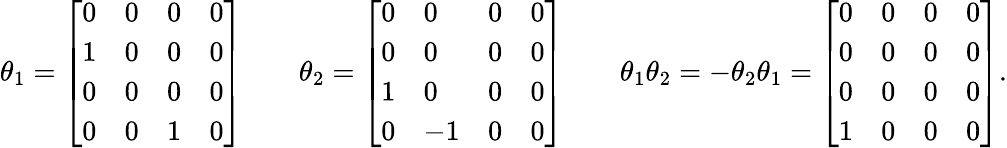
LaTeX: \theta_{1}={\left[\begin{array}{llll}{0}&{0}&{0}&{0}\\ {1}&{0}&{0}&{0}\\ {0}&{0}&{0}&{0}\\ {0}&{0}&{1}&{0}\end{array}\right]}\qquad\theta_{2}={\left[\begin{array}{llll}{0}&{0}&{0}&{0}\\ {0}&{0}&{0}&{0}\\ {1}&{0}&{0}&{0}\\ {0}&{-1}&{0}&{0}\end{array}\right]}\qquad\theta_{1}\theta_{2}=-\theta_{2}\theta_{1}={\left[\begin{array}{llll}{0}&{0}&{0}&{0}\\ {0}&{0}&{0}&{0}\\ {0}&{0}&{0}&{0}\\ {1}&{0}&{0}&{0}\end{array}\right]}.